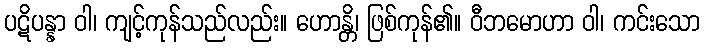
ပဋိပန္နာ ဝါ၊ ကျင့်ကုန်သည်လည်း။ ဟောန္တိ၊ ဖြစ်ကုန်၏။ ဝီဘမောဟာ ဝါ၊ ကင်းသော